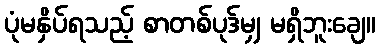
ပုံမနှိပ်ရသည့် စာတစ်ပုဒ်မျှ မရှိဘူးချေ။